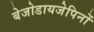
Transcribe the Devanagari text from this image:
बेजोडायजेपिनों